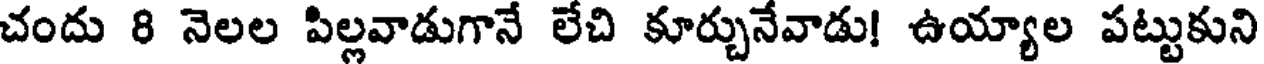
చందు 8 నెలల పిల్లవాడుగానే లేచి కూర్చునేవాడు! ఉయ్యాల పట్టుకుని